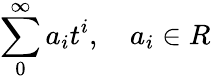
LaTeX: \sum_{0}^{\infty}a_{i}t^{i},\quad a_{i}\in R